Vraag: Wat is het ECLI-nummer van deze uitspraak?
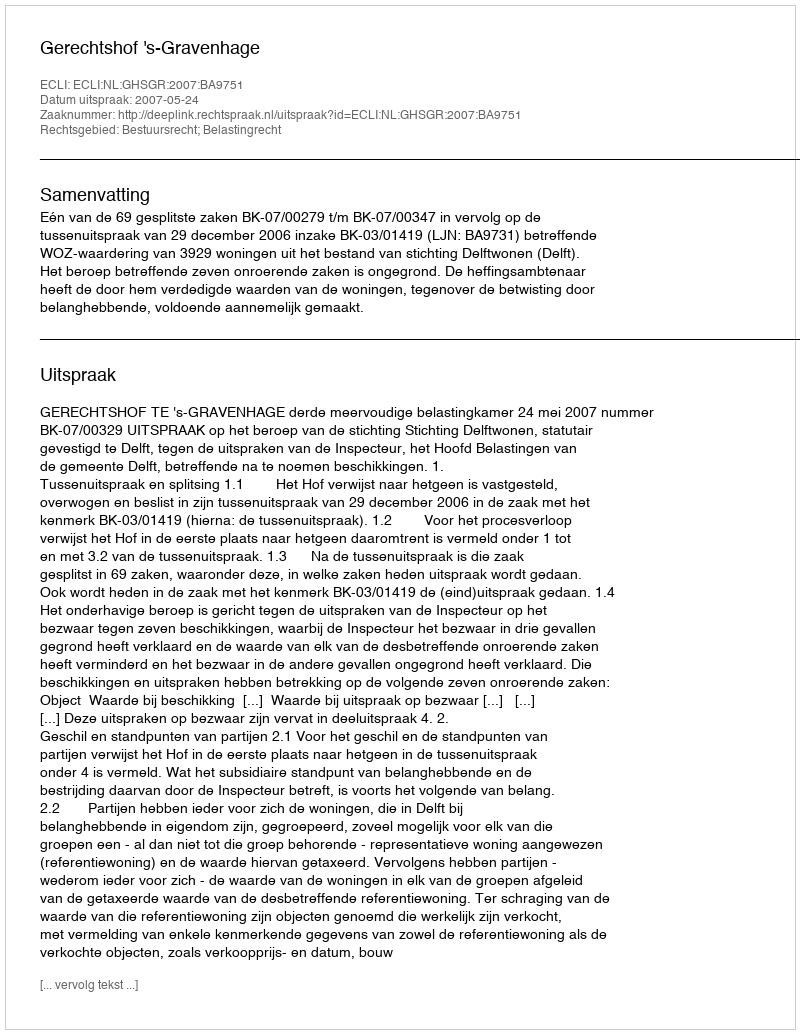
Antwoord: ECLI:NL:GHSGR:2007:BA9751